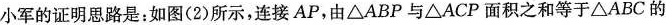
1) (3) (4)第4题图小军的证明思路是：如图(2)所示，连接AP，由△ABP与△ACP面积之和等于△ABC的